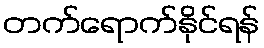
တက်ရောက်နိုင်ရန်